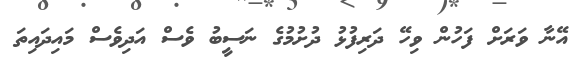
އޭނާ ވަރަށް ފަހުން ވިހޭ ދަރިފުޅު ދުށުމުގެ ނަސީބު ވެސް އަދިވެސް މައިދައިތަ